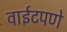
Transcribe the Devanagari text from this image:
वाईटपणे